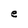
Character: e